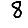
Digit: 8